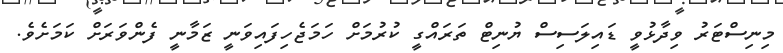
މިނިސްޓަރު ވިދާޅުވީ ޑައިލަސިސް ޔުނިޓް ތަރައްގީ ކުރުމަށް ހަމަޖެހިފައިވަނީ ޒަމާނީ ފެންވަރަށް ކަމަށެވެ.